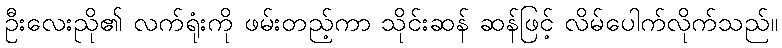
ဦးလေးညို၏ လက်ရုံးကို ဖမ်းတည့်ကာ သိုင်းဆန် ဆန်ဖြင့် လိမ်ပေါက်လိုက်သည်။